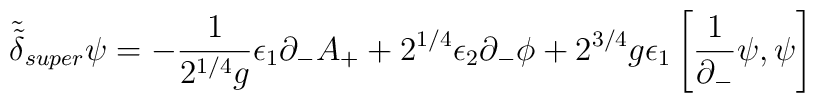
\tilde{\tilde \delta}_{super} \psi=- {1 \over 2^{1/4}g} \epsilon_1 \partial_- A_++ 2^{1/4}\epsilon_2 \partial_-\phi + 2^{3/4} g \epsilon_1 \left[{1 \over \partial_-}\psi, \psi\right]